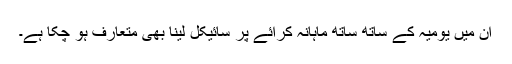
ان میں یومیہ کے ساتھ ساتھ ماہانہ کرائے پر سائیکل لینا بھی متعارف ہو چکا ہے۔